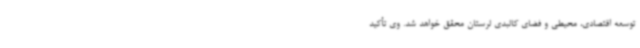
توسعه اقتصادی، محیطی و فضای کالبدی لرستان محقق خواهد شد. وی تأکید